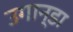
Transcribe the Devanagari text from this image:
उगान्डा